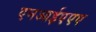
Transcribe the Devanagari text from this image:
एनआईएएए